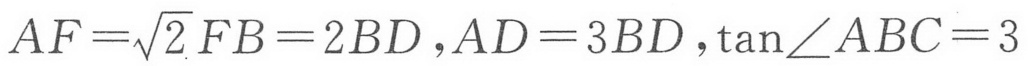
\(AF=\sqrt{2}FB = 2BD,AD = 3BD,\tan\angle ABC = 3\)